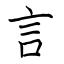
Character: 言